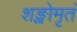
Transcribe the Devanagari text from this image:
शङ्खोमृतं